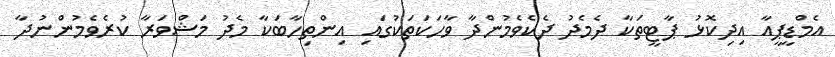
އެމްޑީޕީއާ އިދިކޮޅު ޕާޓީތަކާ ދެމެދު ދެކެވެމުންދާ ވާހަކަތަކުގައި އިންތިހާބަކާ މެދު މަޝްވަރާ ކުރެވެމުންނުދާ